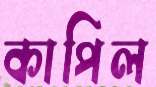
কাপিল